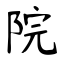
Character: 院